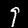
Digit: 9